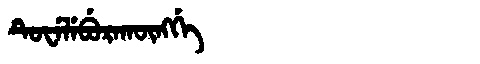
Manchu: ᡨᡠᠸᡝᠯᡝᠪᡠᡵᠠᡴᡡᠩᡤᡝ
Romanization: TUWELEBURAKŪNGGE